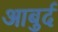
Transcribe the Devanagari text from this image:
आबुर्द